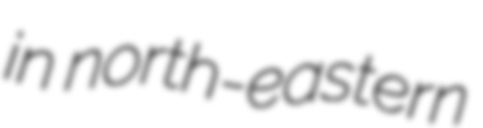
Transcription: in north-eastern